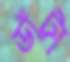
ডাঁটা